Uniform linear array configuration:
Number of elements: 32
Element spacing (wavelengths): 0.5
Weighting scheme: hamming
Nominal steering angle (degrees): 15
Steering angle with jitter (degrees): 13.166
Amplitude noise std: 0.05
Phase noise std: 0.05

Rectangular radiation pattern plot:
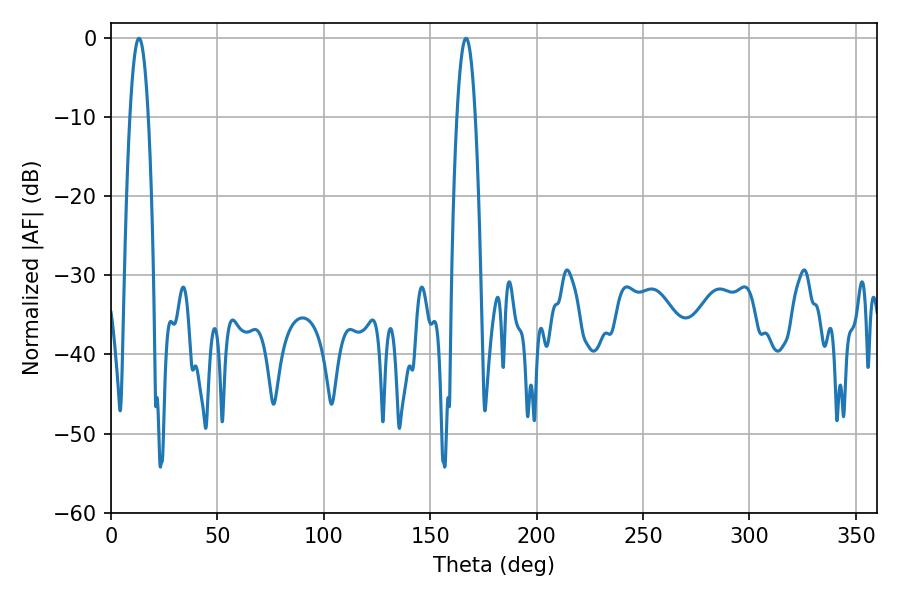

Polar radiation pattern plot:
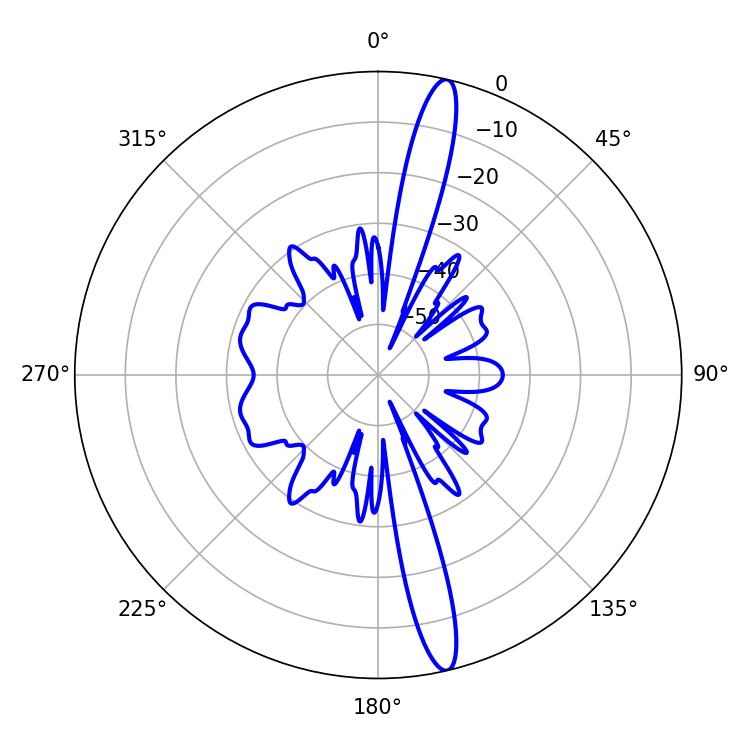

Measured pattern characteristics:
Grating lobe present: FALSE
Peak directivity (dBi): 16.957
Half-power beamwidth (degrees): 4.68
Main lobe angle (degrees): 13.14